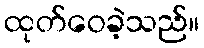
ထုတ်ဝေခဲ့သည်။